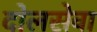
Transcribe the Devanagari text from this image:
दोलसेवा